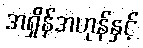
အရှိန်အဟုန်နှင့်